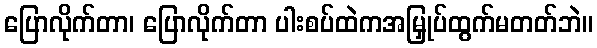
ပြောလိုက်တာ၊ ပြောလိုက်တာ ပါးစပ်ထဲကအမြှုပ်ထွက်မတတ်ဘဲ။